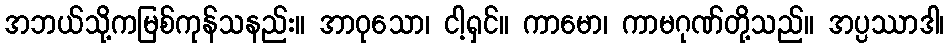
အဘယ်သို့ကမြစ်ကုန်သနည်း။ အာဝုသော၊ ငါ့ရှင်။ ကာမော၊ ကာမဂုဏ်တို့သည်။ အပ္ပဿာဒါ၊